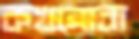
কখনোবা